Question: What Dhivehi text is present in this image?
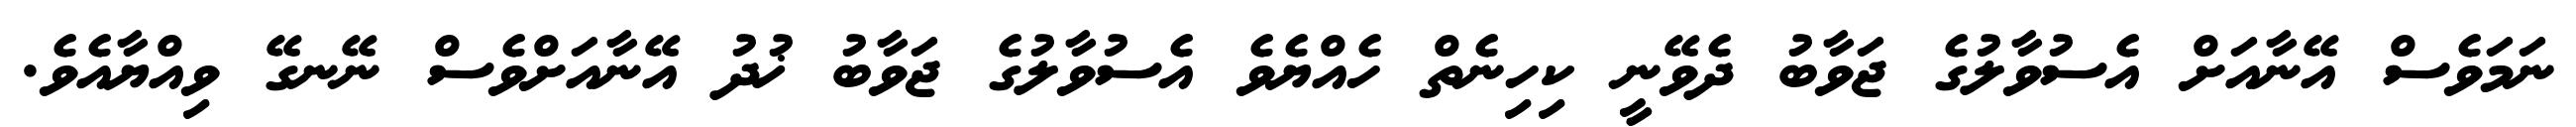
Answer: ނަމަވެސް އޭނާއަށް އެސުވާލުގެ ޖަވާބު ދެވޭނީ ކިހިނެތް ހެއްޔެވެ އެސުވާލުގެ ޖަވާބު ޚުދު އޭނާއަށްވެސް ނޭނގޭ ވިއްޔާއެވެ.